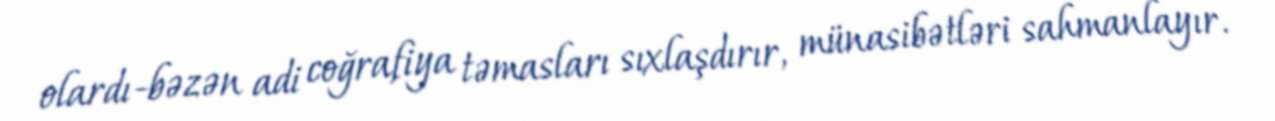
olardı-bəzən adi coğrafiya təmasları sıxlaşdırır, münasibətləri sahmanlayır.